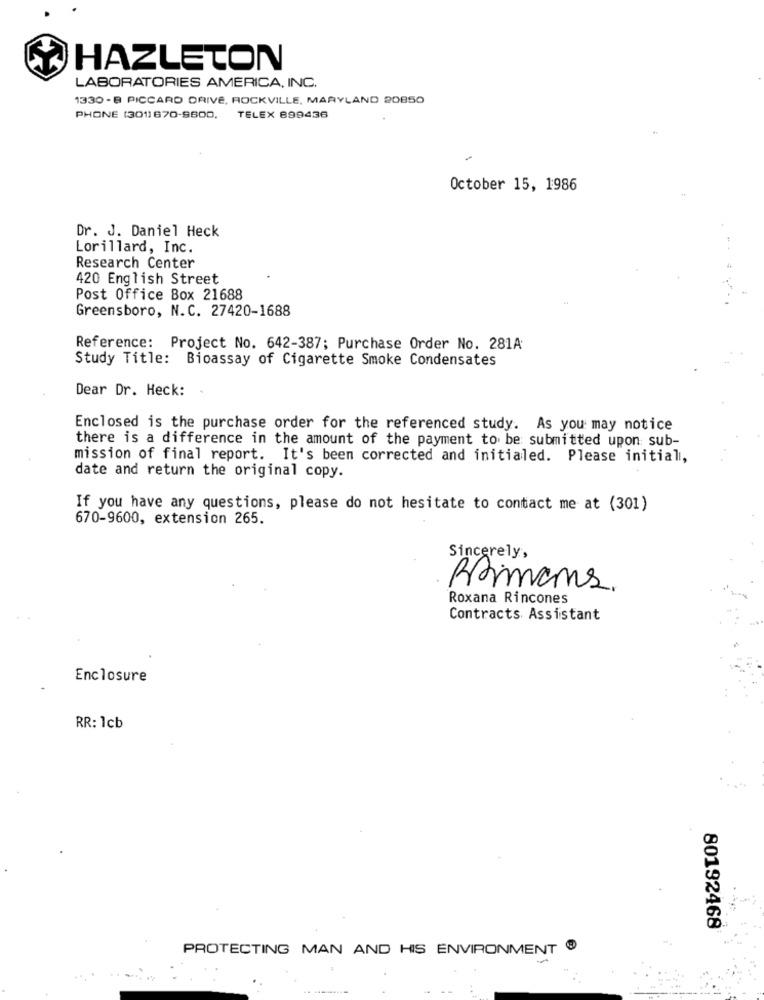
HAZLETON
LABORATORIES AMERICA, INC.
1330 - 8 PICCARD DRIVE, ROCKVILLE, MARYLAND 20850
PHONE (3011 670-9600,
TELEX 899436
October 15, 1986
Dr. J. Daniel Heck
Lorillard, Inc.
Research Center
420 English Street
Post Office Box 21688
Greensboro, N.C. 27420-1688
Reference: Project No. 642-387; Purchase Order No. 281A
Study Title: Bioassay of Cigarette Smoke Condensates
Dear Dr. Heck:
Enclosed is the purchase order for the referenced study. As you may notice
there is a difference in the amount of the payment to be submitted upon sub-
mission of final report. It's been corrected and initialed. Please initial,
date and return the original copy.
If you have any questions, please do not hesitate to contact me at (301)
670-9600, extension 265.
Sincerely,
Rimans.
Roxana Rincones
Contracts Assistant
Enclosure
RR: 1cb
80192468
PROTECTING MAN AND HIS ENVIRONMENT @
-